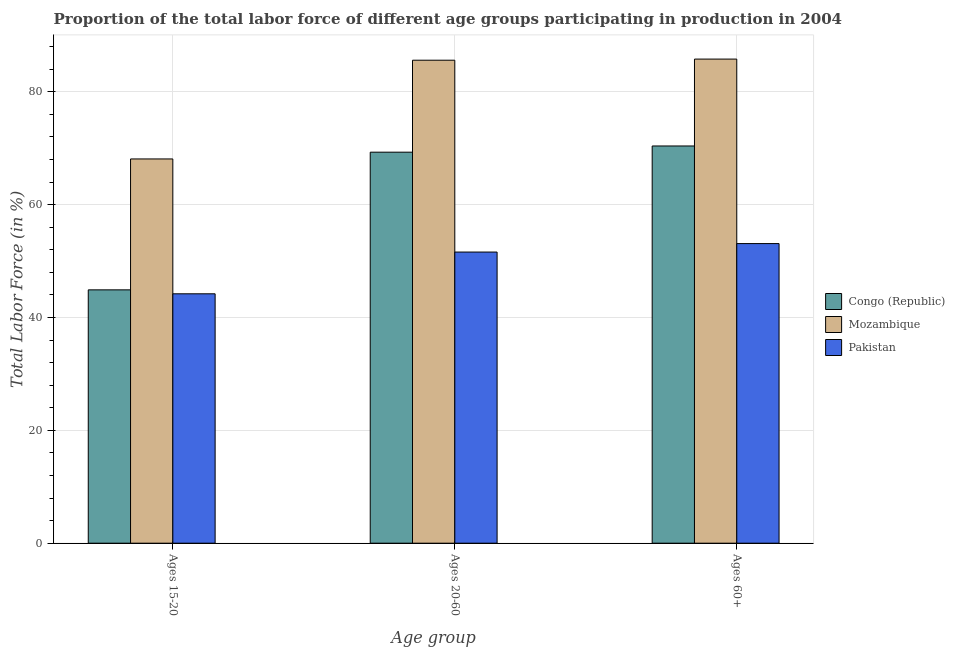
| Age group | Congo (Republic) | Mozambique | Pakistan |
 | --- | --- | --- | --- |
 | Ages 15-20 | 44.9 | 68.1 | 44.2 |
 | Ages 20-60 | 69.3 | 85.6 | 51.6 |
 | Ages 60+ | 70.4 | 85.8 | 53.1 |